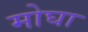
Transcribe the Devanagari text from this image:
मोघा